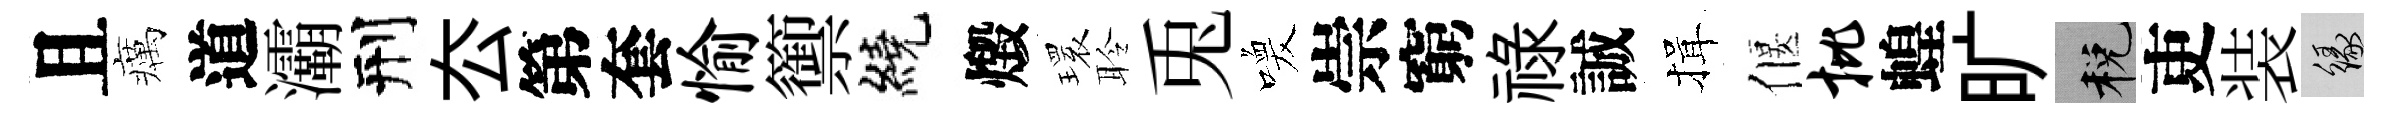
且癘道灞刑厺第套愉籞繞燬𤨔聆兎喚崇窮祿誠揖偃批蝗旷税吏装緣